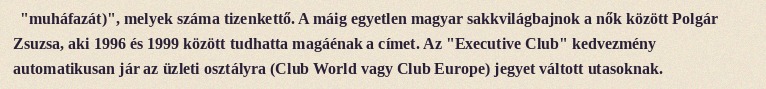
"muháfazát)", melyek száma tizenkettő. A máig egyetlen magyar sakkvilágbajnok a nők között Polgár Zsuzsa, aki 1996 és 1999 között tudhatta magáénak a címet. Az "Executive Club" kedvezmény automatikusan jár az üzleti osztályra (Club World vagy Club Europe) jegyet váltott utasoknak.